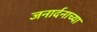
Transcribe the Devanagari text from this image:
जनार्दनाच्या